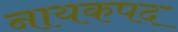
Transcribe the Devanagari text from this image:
नायकपद